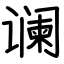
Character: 谰